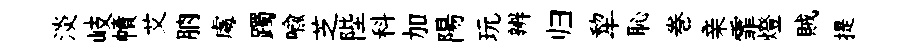
淡岐幘艾朒䖏躅喻芝陛科加陽玩辨归犂恥巻亲霏燈賊提